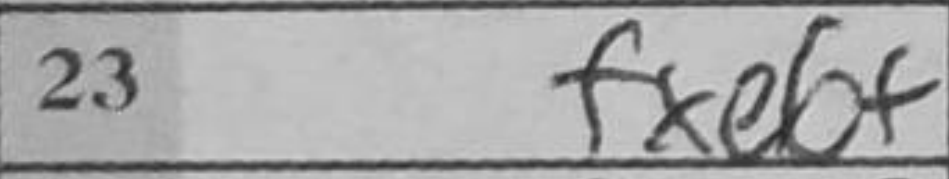
Transcription: fxe6+